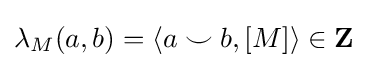
\lambda _{M}(a,b)=\langle a\smile b,[M]\rangle \in \mathbf {Z}